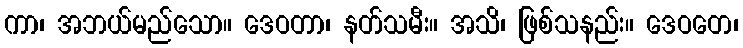
ကာ၊ အဘယ်မည်သော။ ဒေဝတာ၊ နတ်သမီး။ အသိ၊ ဖြစ်သနည်း။ ဒေဝတေ၊